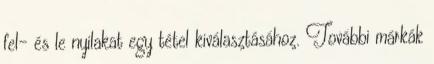
fel- és le nyilakat egy tétel kiválasztásához. További márkák